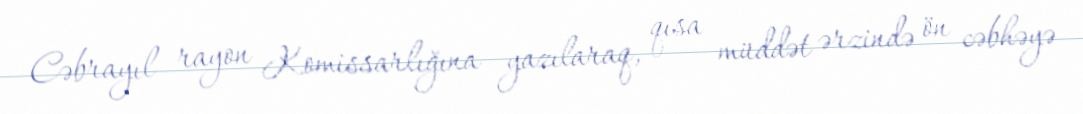
Cəbrayıl rayon Komissarlığına yazılaraq, qısa müddət ərzində ön cəbhəyə